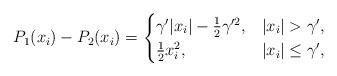
LaTeX: \begin{align*}P_1(x_i)-P_2(x_i)=\begin{cases}\gamma'|x_i|-\frac{1}{2}\gamma'^2, & |x_i|>\gamma',\\\frac{1}{2}x_i^2, & |x_i|\le\gamma',\end{cases}\end{align*}